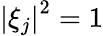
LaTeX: \left|\xi_{j}\right|^{2}=1